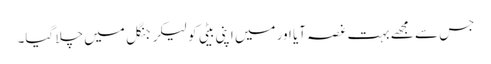
جس سے مجھے بہت غصہ آیا اور میں اپنی بیٹی کو لیکر جنگل میں چلا گیا۔